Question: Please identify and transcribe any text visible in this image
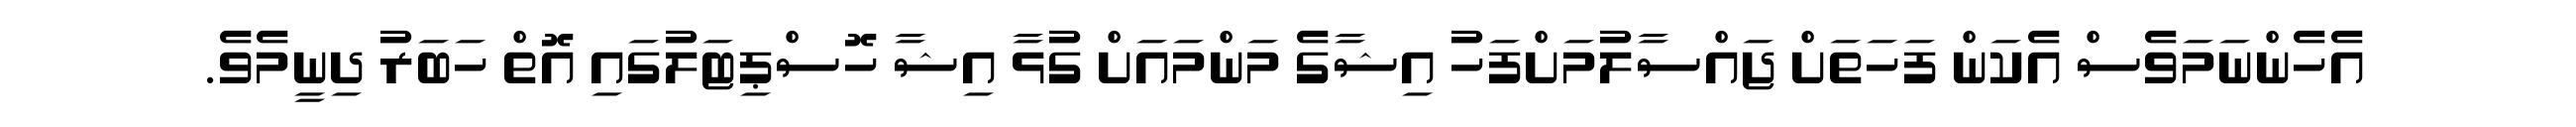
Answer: އެހެންނަމަވެސް އެކަން ފަހަތަށް ޖައްސާލުމަށްފަހު އިޝާގެ މަންމައަށް ގުޅާ އިޝާ ހޮސްޕިޓަލުގައި އޮތް ހަބަރު ދިނީމެވެ.